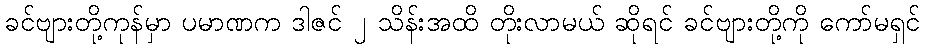
ခင်ဗျားတို့ကုန်မှာ ပမာဏက ဒါဇင် ၂ သိန်းအထိ တိုးလာမယ် ဆိုရင် ခင်ဗျားတို့ကို ကော်မရှင်